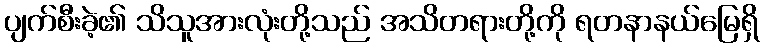
ပျက်စီးခဲ့၏ သိသူအားလုံးတို့သည် အသိတရားတို့ကို ရတနာနယ်မြေရှိ